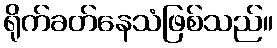
ရိုက်ခတ်နေသံဖြစ်သည်။